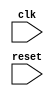
module synchronous_process (
    input wire clk,
    input wire reset
);

reg active;

always @(posedge clk or negedge reset) begin
    if (reset == 0) begin
        active <= 0;
    end else begin
        active <= 1;
    end
end

endmodule